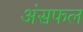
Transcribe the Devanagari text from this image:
अंसफल